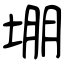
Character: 堋